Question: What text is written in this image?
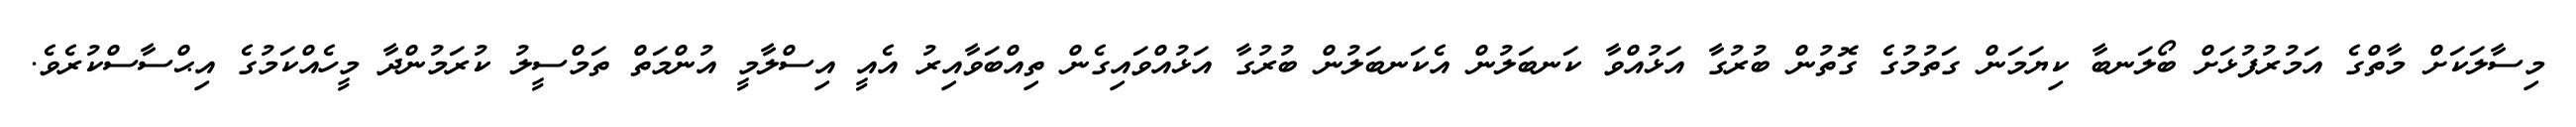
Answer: މިސާލަކަށް މާތްގެ އަމުރުފުޅަށް ބޯލަނބާ ކިޔަމަން ގަތުމުގެ ގޮތުން ބުރުގާ އަޅުއްވާ ކަނބަލުން އެކަނބަލުން ބުރުގާ އަޅުއްވައިގެން ތިއްބަވާއިރު އެއީ އިސްލާމީ އުންމަތް ތަމްސީލު ކުރަމުންދާ މީހެއްކަމުގެ އިޙްސާސްކުރެވެ.